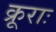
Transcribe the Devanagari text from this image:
क्रूराः